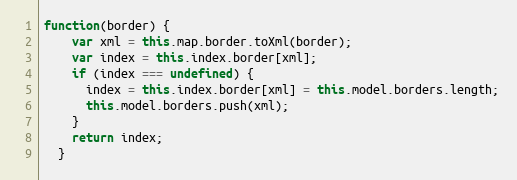
Language: JavaScript
function(border) {
    var xml = this.map.border.toXml(border);
    var index = this.index.border[xml];
    if (index === undefined) {
      index = this.index.border[xml] = this.model.borders.length;
      this.model.borders.push(xml);
    }
    return index;
  }